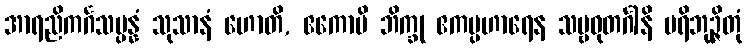
အာရညိကင်္ဂသမ္ပန္နံ သုသာနံ ဟောတိ, ဧကောပိ ဘိက္ခု ဧကပ္ပဟာရေန သဗ္ဗဓုတင်္ဂါနိ ပရိဘုဉ္ဇိတုံ